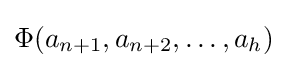
\Phi (a_{n+1},a_{n+2},\ldots ,a_{h})